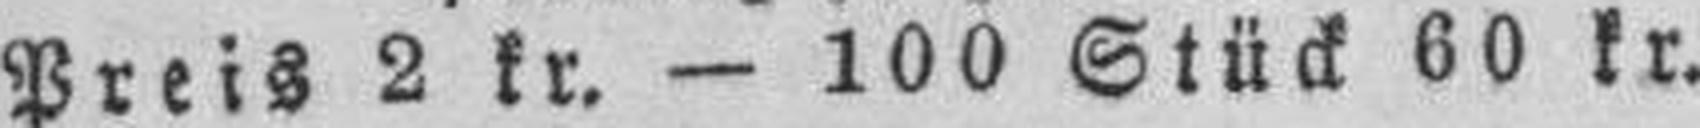
Preis 2 kr. — 100 Stück 60 kr.